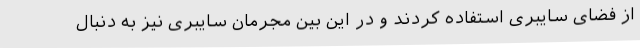
از فضای سایبری استفاده کردند و در این بین مجرمان سایبری نیز به دنبال